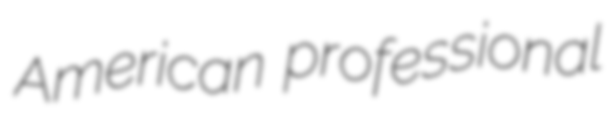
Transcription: American professional